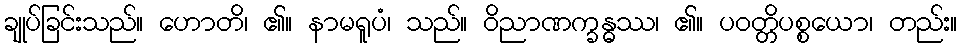
ချုပ်ခြင်းသည်။ ဟောတိ၊ ၏။ နာမရူပံ၊ သည်။ ဝိညာဏက္ခန္ဓဿ၊ ၏။ ပဝတ္တိပစ္စယော၊ တည်း။